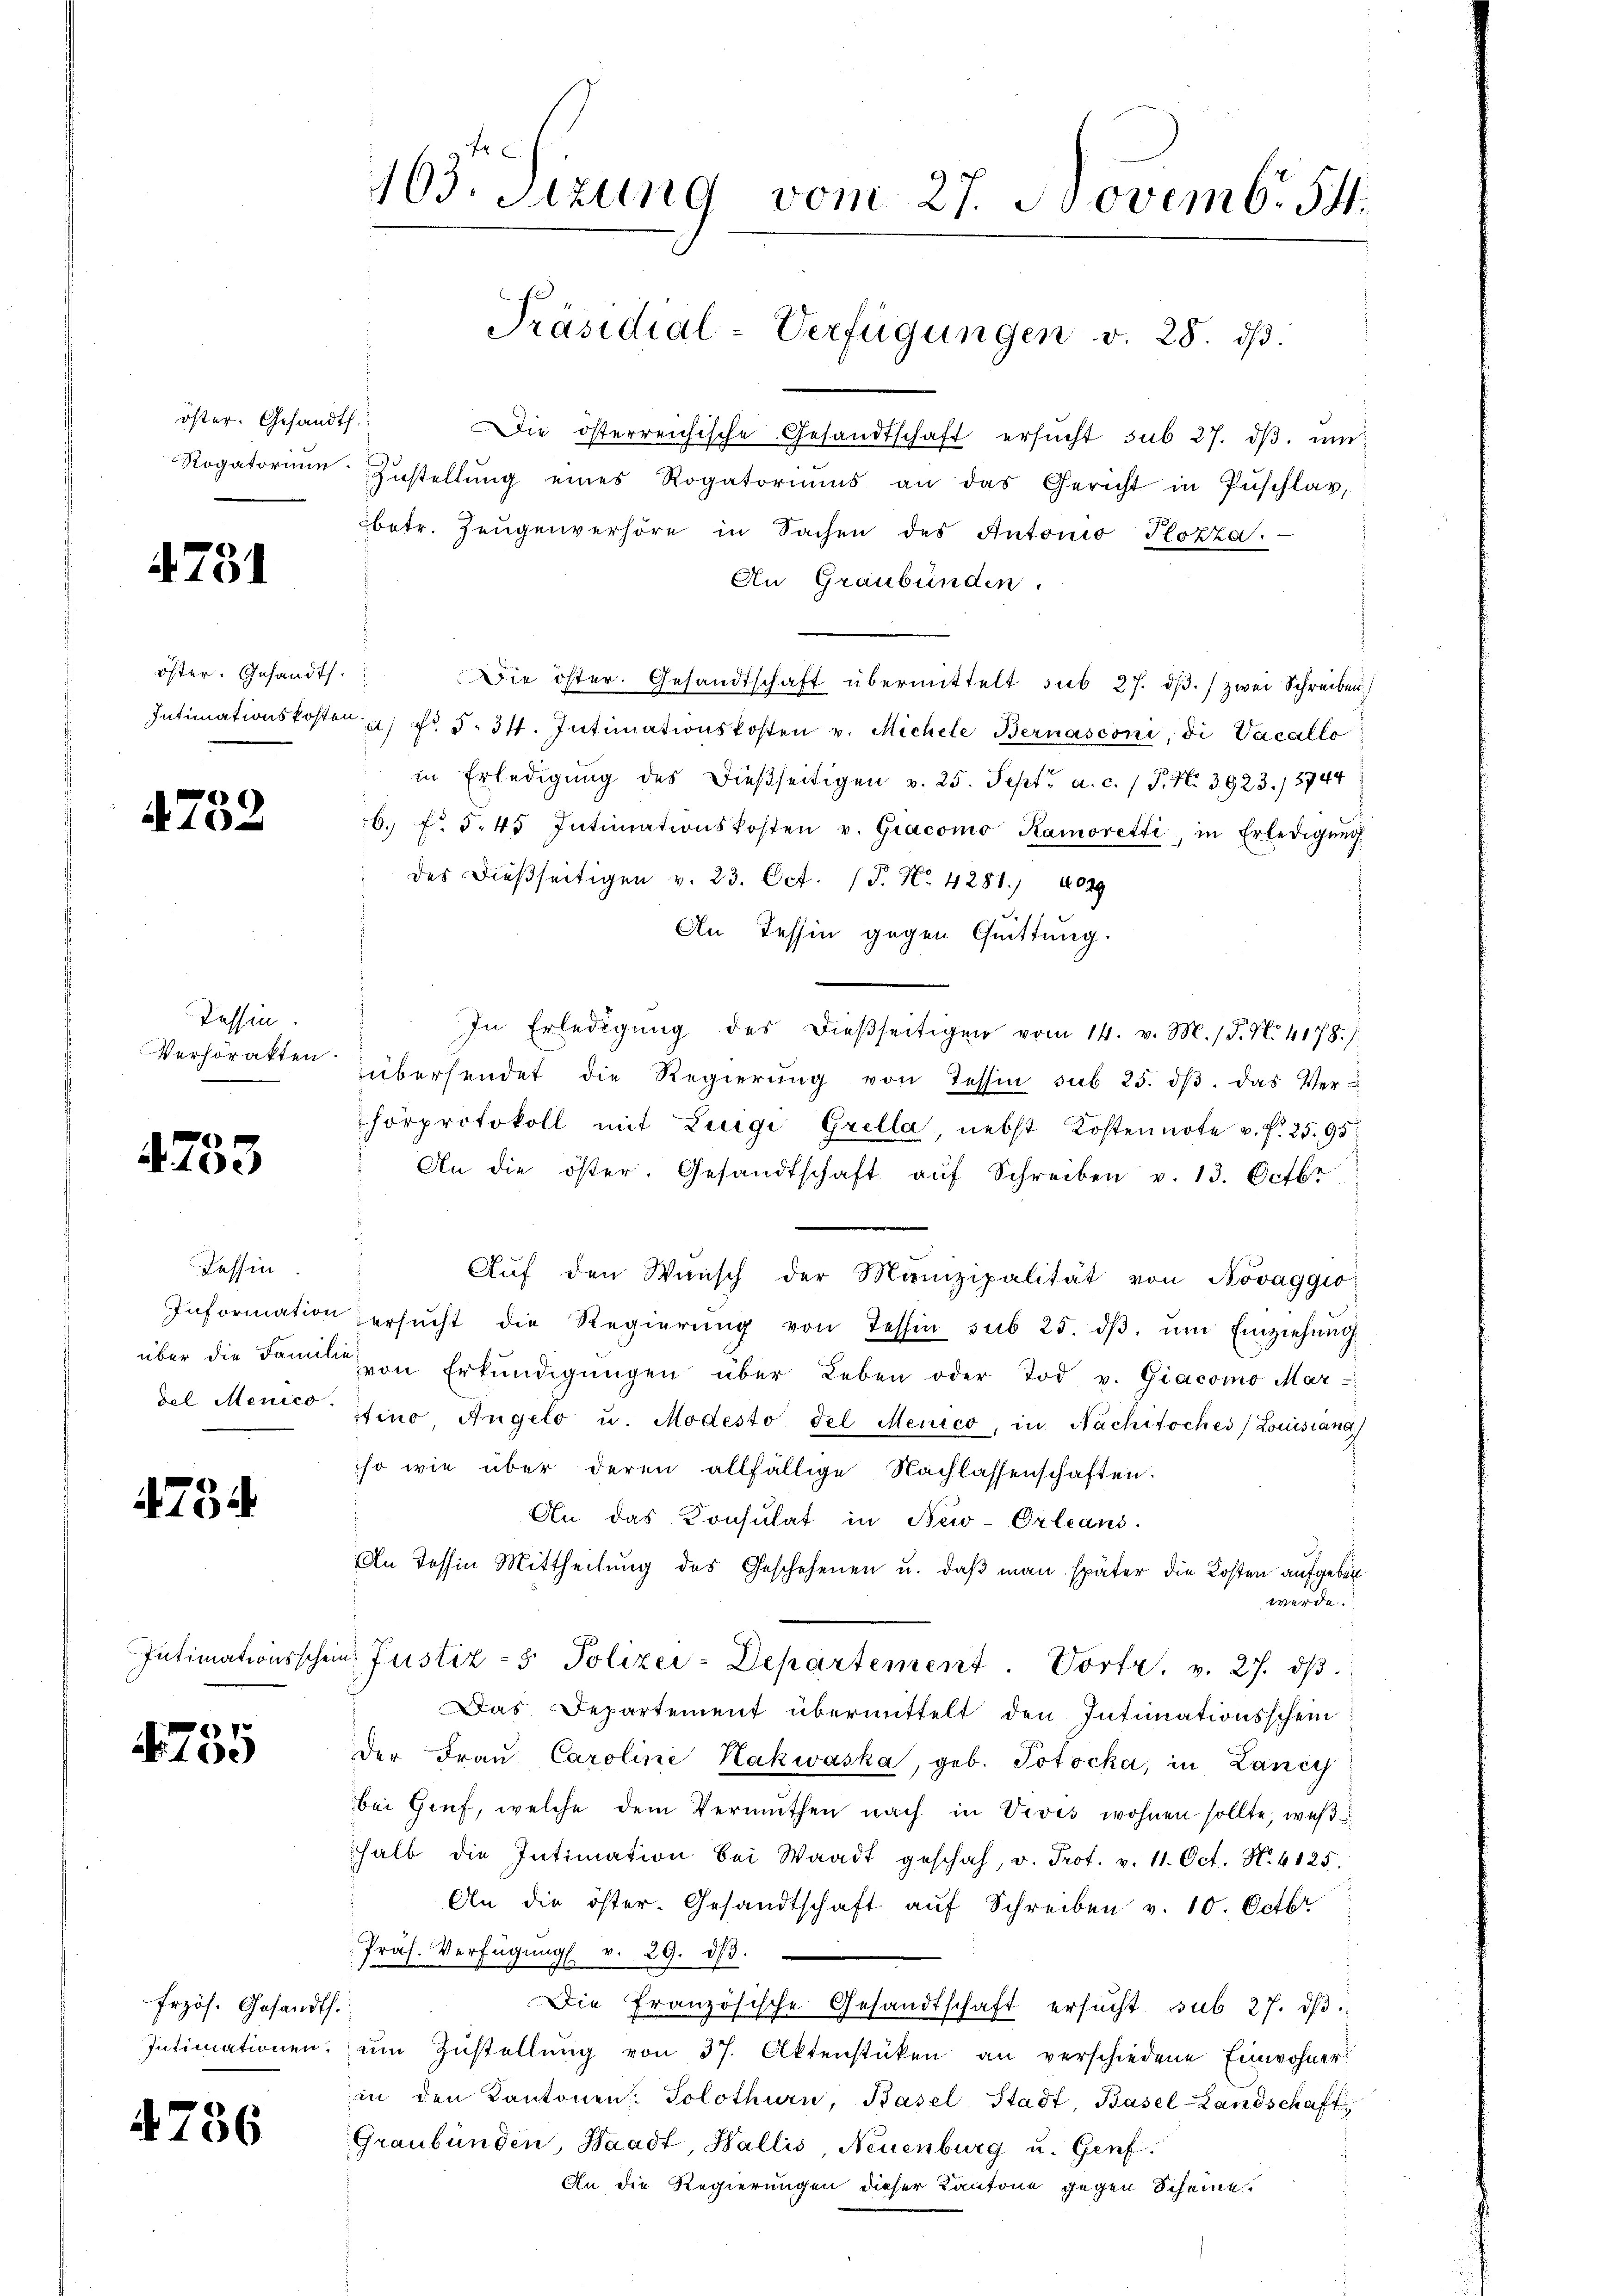
öster. Gesandts

4751

Öster. Gesandts

4752

Tessin.

1733

Tessin.

4754

Intimationssche

755

frzös. Gesandt.

4736

165. Sizung vom 27. Novemb. 54.
Präsidial-Verfügungen v. 28. ds.

Die österreichische Gesandtschaft ersŭcht sub 27. dβ. um
Rogatorium Zustellŭng eines Rogatoriŭms an das Gericht in Pŭschlag,
betr. Zeugenverhöre in Sachen des Antonio Plozza.
An Graubünden.
Die öster. Gesandtschaft übermittelt sub 27. dβ. / zwei Schreiben
Intimationskosten u. fr. 3. 34. Intimationskosten v. Michele Bernasconi, di Vacallo
in Erledigŭng des dießseitigen v. 25. Sept. a. c. (T. N. 3923./5744
6. f. 545 Intimationskosten v. Gracomo Ramoretti, in Erledigŭng
" des dießseitigen v. 23. Oct. (T. No. 4281. 4029
An Tessin gegen Quittung.
In Erledigŭng des dieβseitigen vom 14. v. M. P. N. 4178./
Verhöratten übersendet die Regierŭng von Tessin sub 25. dβ. das Ver-
horprotokoll mit Luigi Grella, nebst Kostennote v. P. 25. 95.
An die öster. Gesandtschaft aŭf Schreiben v. 13. Octbr
Aŭf den Wünsch der Manizipalität von Novaggio:
Information ersŭcht die Regierŭng von Tessin sub 25. dβ. ŭm Einziehung
über die Familie von Erkŭndigŭngen über Leben oder Tod v. Giacomo Mardel Menico sino Angelo u. Modesto del Menico, in Nachitoches Louissand
so wie über deren allfällige Nachlassenschaften.
An das Konsulat in New-Orleans
An Tessin Mittheilung des Geschehenen u. daß man später die Kosten aufgebenwerde.
im Justiz- & Polizei-Departement. Vortr. v. 27. dβ.
Das Departement übermittelt den Intimationsschein
Der Fraŭ Caroline Hakwaska, geb. Potocka, in Lanic
bei Genf, welche dem Vermuthen nach in Vives wohnen sollte, weß
halb die Intimation bei Waadt geschah, v. Prot. v. 11. Oct. N. 4125.
An die öster. Gesandtschaft aŭf Schreiben v. 10. Octbr.
Präs. Verfügŭng v. 29. dβ.
Die Französische Gesandtschaft ersucht sub 27. dβ
Intimationen, ŭm Zŭstellŭng von 37. Aktenstüken an verschiedene Einwohner
in den Kantonen: Solothurn, Basel Stadt, Basel-Landschaft
Graubünden, Waadt, Wallis, Neuenburg u. Genf.
An die Regierungen dieser Kantone gegen Scheine.